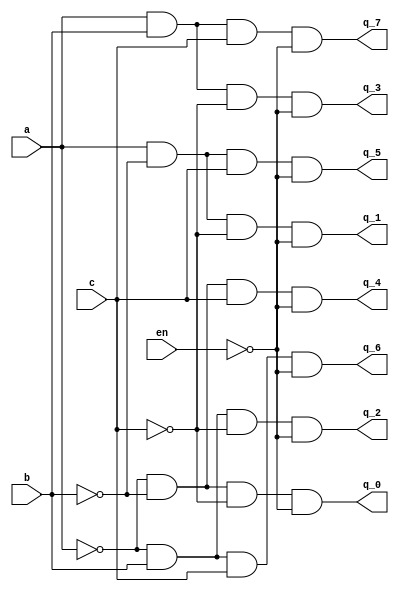
module dech38el
(
	output q_0,
	output q_1,
	output q_2,
	output q_3,
	output q_4,
	output q_5,
	output q_6,
	output q_7,
	input a,
	input b,
	input c,
	input en
);
wire s_n_0;
wire s_0;
wire s_n_1;
wire s_1;
wire s_n_2;
wire s_2;
wire enb;

// DUPLO.NET (153) - abuf : ivdm
assign s_n_0 = ~a;
assign s_0 = a;

// DUPLO.NET (154) - bbuf : ivdm
assign s_n_1 = ~b;
assign s_1 = b;

// DUPLO.NET (155) - cbuf : ivdm
assign s_n_2 = ~c;
assign s_2 = c;

// DUPLO.NET (156) - ebuf : ivm
assign enb = ~en;

// DUPLO.NET (157) - q[0] : an4
assign q_0 = s_n_0 & s_n_1 & s_n_2 & enb;

// DUPLO.NET (158) - q[1] : an4
assign q_1 = s_0 & s_n_1 & s_n_2 & enb;

// DUPLO.NET (159) - q[2] : an4
assign q_2 = s_n_0 & s_1 & s_n_2 & enb;

// DUPLO.NET (160) - q[3] : an4
assign q_3 = s_0 & s_1 & s_n_2 & enb;

// DUPLO.NET (161) - q[4] : an4
assign q_4 = s_n_0 & s_n_1 & s_2 & enb;

// DUPLO.NET (162) - q[5] : an4
assign q_5 = s_0 & s_n_1 & s_2 & enb;

// DUPLO.NET (163) - q[6] : an4
assign q_6 = s_n_0 & s_1 & s_2 & enb;

// DUPLO.NET (164) - q[7] : an4
assign q_7 = s_0 & s_1 & s_2 & enb;
endmodule